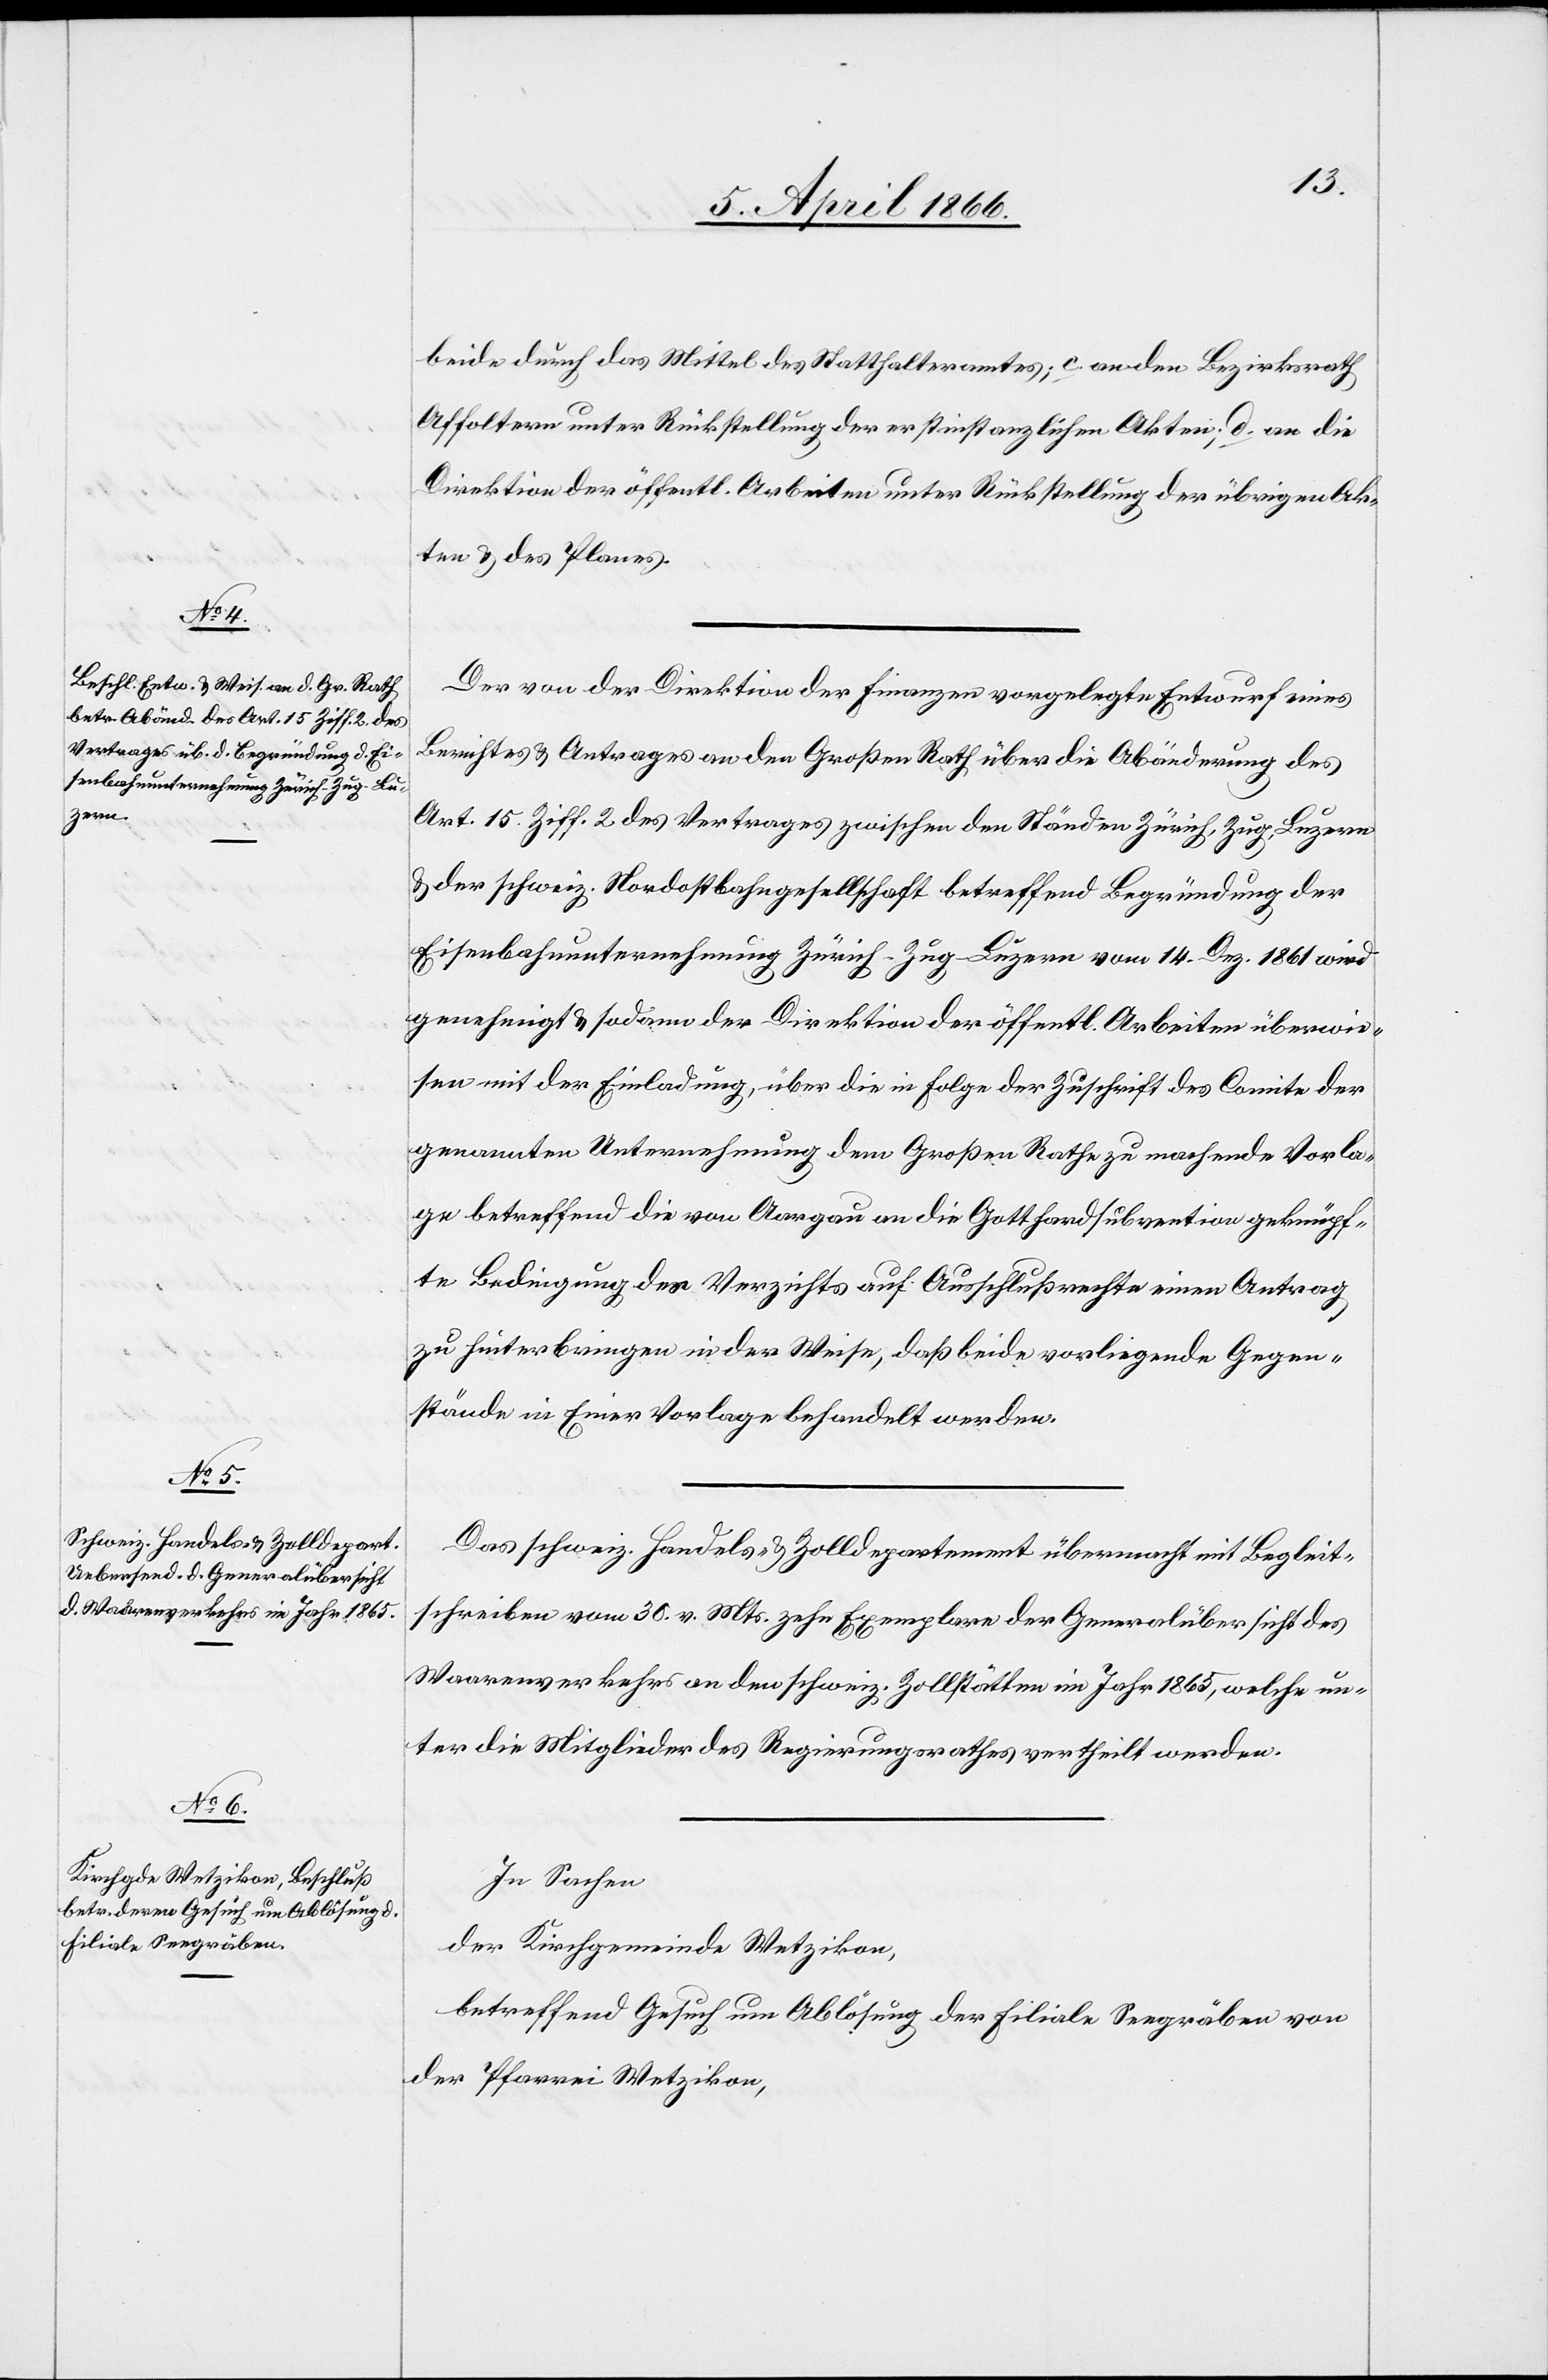
beide durch das Mittel des Statthalteramtes; c. an den Bezirksrath
Affoltern unter Rückstellung der erstinstanzlichen Akten; d. an die
Direktion der öffentl. Arbeiten unter Rückstellung der übrigen Ak¬
ten u. des Planes.
Der von der Direktion der Finanzen vorgelegte Entwurf eines
Berichtes u. Antrages an den Großen Rath über die Abänderung des
Art. 15 Ziff. 2 des Vertrages zwischen den Ständen Zürich, Zug, Luzern
u. der schweiz. Nordostbahngesellschaft betreffend Begründung der
Eisenbahnunternehmung Zürich–Zug–Luzern vom 14. Dez. 1861 wird
genehmigt u. sodann der Direktion der öffentl. Arbeiten überwie¬
sen mit der Einladung, über die in Folge der Zuschrift des Comite der
genannten Unternehmung dem Großen Rathe zu machende Vorla¬
ge betreffend die von Aargau an die Gotthardsubvention geknüpf¬
te Bedingung des Verzichtes auf Ausschlußrechte einen Antrag
zu hinterbringen in der Weise, daß beide vorliegende Gegen¬
stände in Einer Vorlage behandelt werden.
Das schweiz. Handels- u. Zolldepartement übermacht mit Begleit¬
schreiben vom 30. v. Mts. zehn Exemplare der Generalübersicht des
Waarenverkehrs an den schweiz. Zollstätten im Jahr 1865, welche un¬
ter die Mitglieder des Regierungsrathes vertheilt werden.
In Sachen
der Kirchgemeinde Wetzikon,
betreffend Gesuch um Ablösung der Filiale Seegräben von
der Pfarrei Wetzikon,